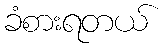
ခံစားရတယ်